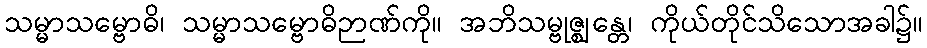
သမ္မာသမ္ဗောဓိ၊ သမ္မာသမ္ဗောဓိဉာဏ်ကို။ အဘိသမ္ဗုဇ္ဈန္တေ၊ ကိုယ်တိုင်သိသောအခါ၌။